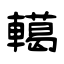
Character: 轕